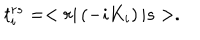
t _ { i } ^ { r s } = < r | \left( - i K _ { i } \right) | s > .